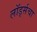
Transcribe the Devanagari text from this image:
लॉर्ड्सचा